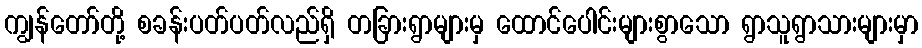
ကျွန်တော်တို့ စခန်းပတ်ပတ်လည်ရှိ တခြားရွာများမှ ထောင်ပေါင်းများစွာသော ရွာသူရွာသားများမှာ